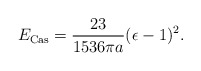
\begin{align*}E_{\rm Cas}={23\over1536\pi a}(\epsilon-1)^2.\end{align*}